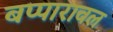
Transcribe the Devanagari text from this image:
बप्पारावल